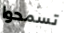
تسمحوا